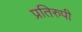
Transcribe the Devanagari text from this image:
प्रतिरुपी